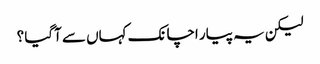
لیکن یہ پیار اچانک کہاں سے آگیا ؟